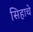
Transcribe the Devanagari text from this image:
सिहाचे